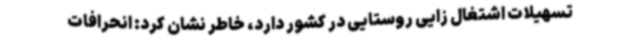
تسهیلات اشتغال زایی روستایی در کشور دارد، خاطر نشان کرد: انحرافات